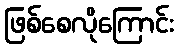
ဖြစ်စေလိုကြောင်း